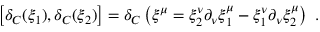
\left[ \delta _ { C } ( \xi _ { 1 } ) , \delta _ { C } ( \xi _ { 2 } ) \right] = \delta _ { C } \left( \xi ^ { \mu } = \xi _ { 2 } ^ { \nu } \partial _ { \nu } \xi _ { 1 } ^ { \mu } - \xi _ { 1 } ^ { \nu } \partial _ { \nu } \xi _ { 2 } ^ { \mu } \right) \ .